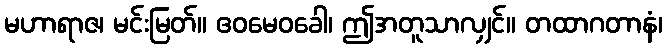
မဟာရာဇ၊ မင်းမြတ်။ ဧဝမေဝခေါ၊ ဤအတူသာလျှင်။ တထာဂတာနံ၊